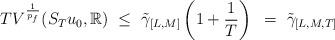
LaTeX: \begin{align*}TV^{{1\over p_f}}(S_Tu_0,\mathbb{R})~\leq~{\tilde{\gamma}_{[L,M]}} \left(1+{1\over T}\right)~=~{\tilde{\gamma}_{[L,M,T]}}\end{align*}